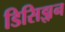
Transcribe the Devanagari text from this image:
डिसिझ़न